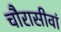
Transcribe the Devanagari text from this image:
चौरासीवां